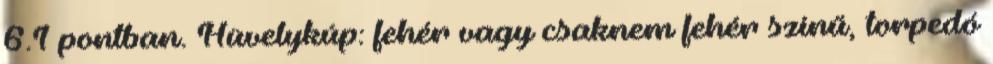
6.1 pontban. Hüvelykúp: fehér vagy csaknem fehér színű, torpedó